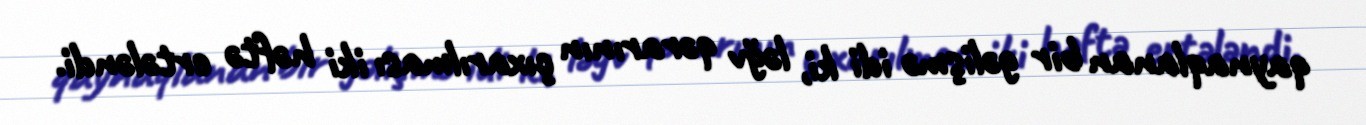
qaynaqlanan bir gəlişmə idi ki, ləğv qərarının çıxarılması iki həftə ertələndi.